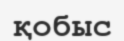
қобыс